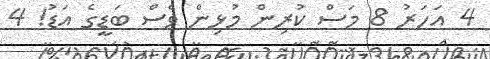
4 އަހަރު 8 މަސް ކުރިން މުޅިން ވެސް ބަޑީގެ އަޑު! 4